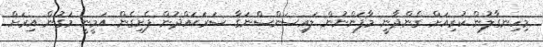
މިހިނގާލުން ކުރިއަށް ގެންދާނީ މާފަންނުން ލައިސަންސްނަގާ ސަރަޙައްދުން ފެށިގެން އަމީނީ މަގުން އިރަށް